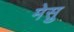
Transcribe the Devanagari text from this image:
मेसु